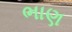
ભાણ